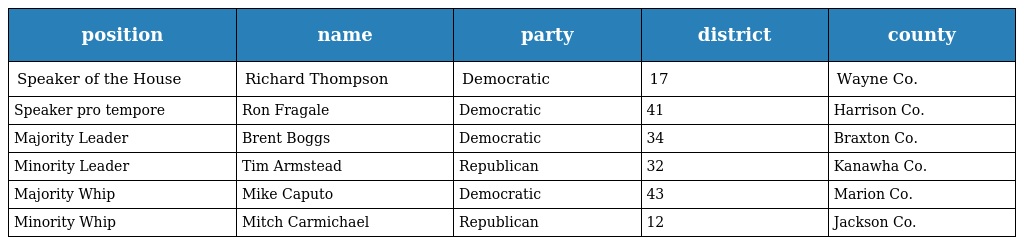
| position | name | party | district | county |
 | --- | --- | --- | --- | --- |
 | Speaker of the House | Richard Thompson | Democratic | 17 | Wayne Co. |
 | Speaker pro tempore | Ron Fragale | Democratic | 41 | Harrison Co. |
 | Majority Leader | Brent Boggs | Democratic | 34 | Braxton Co. |
 | Minority Leader | Tim Armstead | Republican | 32 | Kanawha Co. |
 | Majority Whip | Mike Caputo | Democratic | 43 | Marion Co. |
 | Minority Whip | Mitch Carmichael | Republican | 12 | Jackson Co. |